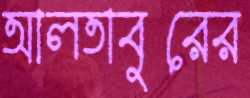
আলতাবুরের